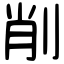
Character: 削